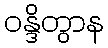
ဝန္ဒိတွာန